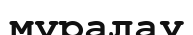
мұралау